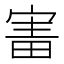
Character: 𡩐